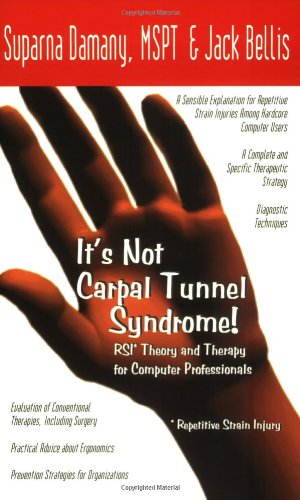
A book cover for It's Not Carpal Tunnel Syndrome!: RSI Theory and Therapy for Computer Professionals; Suparna Damany  MSPT; Health, Fitness & Dieting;